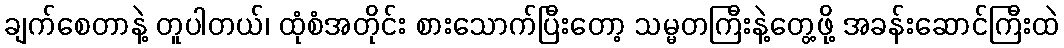
ချက်စေတာနဲ့ တူပါတယ်၊ ထုံစံအတိုင်း စားသောက်ပြီးတော့ သမ္မတကြီးနဲ့တွေ့ဖို့ အခန်းဆောင်ကြီးထဲ